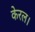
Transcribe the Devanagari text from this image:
केरल।